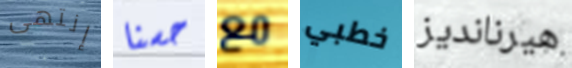
إنتهى حسنا مع خطبي هيرنانديز